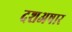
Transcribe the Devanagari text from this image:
दशअषार